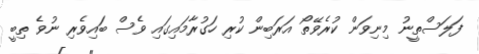
ފަލަސްތީނު މިނިވަން ކުރެވޭތޯ އަރަބިން ކުރި ހަގުރާމައިގައި ވެސް ބައިވެރި ނުވެ ތިބީ